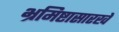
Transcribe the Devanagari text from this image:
भ्रमिष्टासारखे